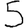
Digit: 5